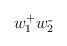
LaTeX: \begin{align*}w_{1}^{+} & w_{2}^{\_} \\ \end{align*}